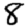
Digit: 8